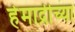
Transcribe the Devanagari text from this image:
हेमाद्रीच्या